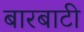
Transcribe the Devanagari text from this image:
बारबाटी